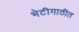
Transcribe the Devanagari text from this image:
भेटीगाठीत